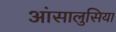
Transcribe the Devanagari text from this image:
आंसालुसिया